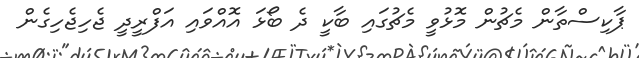
ޕާކިސްތާން މެޗުން މޮޅުވީ މެޗުގައި ބާކީ ދެ ބޯޅަ އޮއްވައި އަފްރީދީ ޖެހިޖެހިގެން